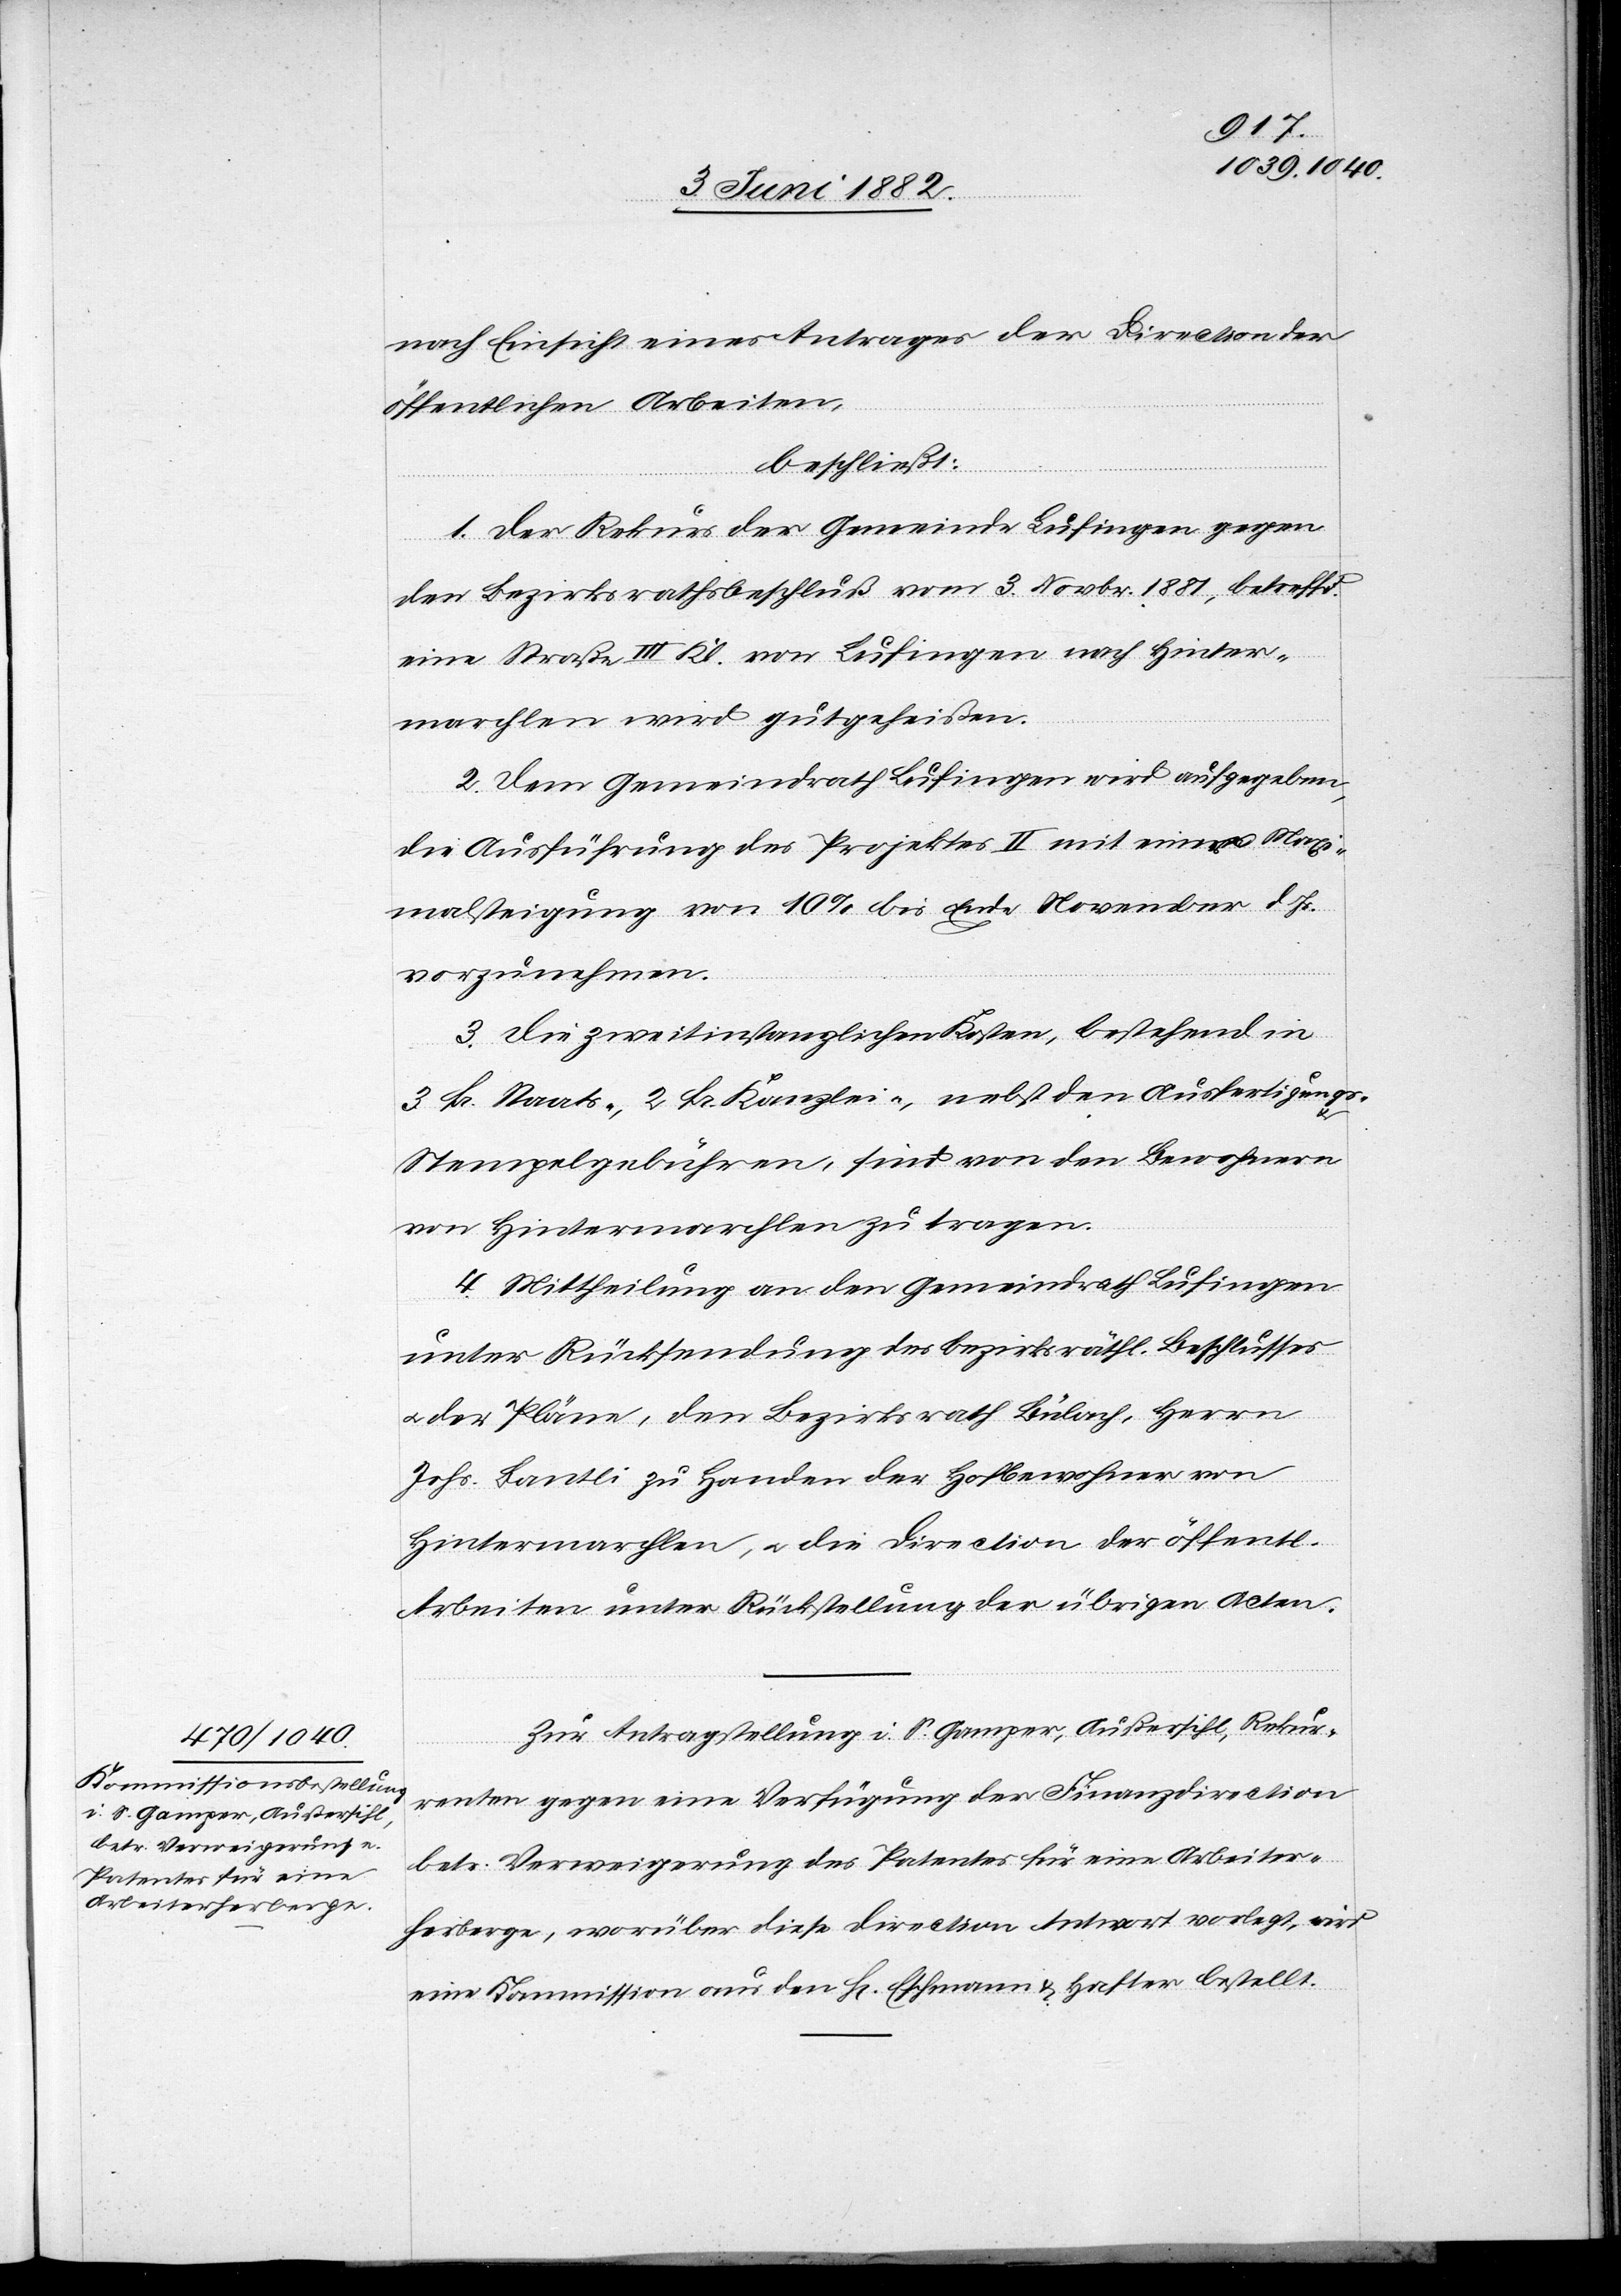
nach Einsicht eines Antrages der Direction der
öffentlichen Arbeiten,
beschließt:
1. Der Rekurs der Gemeinde Lufingen gegen
den Bezirksrathsbeschluß vom 3. Novbr. 1881, betreff¬
hen
eine Straße III. Kl. von Lufingen nach Hinter¬
marchlen wir gutgeheißen.
2. Dem Gemeindrath Lufingen wird aufgegeben,
die Ausführung des Projektes II mit einer Maxi¬
malsteigung von 10% bis Ende November d. J¬
vorzunehmen.
3. Die zweitinstanzlichen Kosten, bestehend in
3 Fr. Staats-, 2 Fr. Kanzlei-, nebst den Ausfertigungs-
Stempelgebühren, sind von den Bewohnern
von Hintermarchlen zu tragen.
4. Mittheilung an den Gemeindrath Lufingen
unter Rücksendung des bezirksräthl. Beschlusses
u. der Pläne, den Bezirksrath Bülach, Herrn
Johs. Bantli zu Handen der Bewohner von
Hintermarchlen, u. an die Direction der öffentl¬
Arbeiten unter Rückstellung der übrigen Acten.
Zur Antragstellung i. S. S. Gamper, Außersihl, Rekur¬
renten gegen eine Verfügung der Finanzdirection
betr. Verweigerung des Patentes für eine Arbeiter¬
herberge, worüber diese Direction Antwort verlangt, wird
eine Kommission aus den H[rrn]. Eschmann & Hafter bestellt.